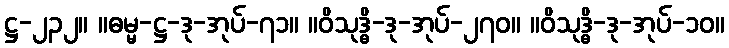
ဋ္ဌ-၂၃၂။ ။ဓမ္မ-ဋ္ဌ-ဒု-အုပ်-၇၁။ ။ဝိသုဒ္ဓိ-ဒု-အုပ်-၂၇၀။ ။ဝိသုဒ္ဓိ-ဒု-အုပ်-၁၀။